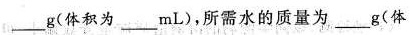
_g(体积为___mL)，所需水的质量为___g(体